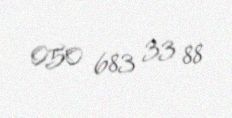
050 683 33 88